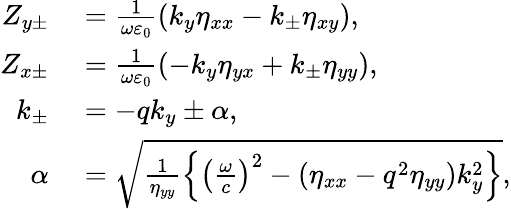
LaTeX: \begin{array}{rl}{Z_{y\pm}}&{{}=\frac{1}{\omega\varepsilon_{0}}\left(k_{y}\eta_{xx}-k_{\pm}\eta_{xy}\right),}\\ {Z_{x\pm}}&{{}=\frac{1}{\omega\varepsilon_{0}}\left(-k_{y}\eta_{yx}+k_{\pm}\eta_{yy}\right),}\\ {k_{\pm}}&{{}=-qk_{y}\pm\alpha,}\\ {\alpha}&{{}=\sqrt{\frac{1}{\eta_{yy}}\left\{ \left(\frac{\omega}{c}\right)^{2}-\left(\eta_{xx}-q^{2}\eta_{yy}\right)k_{y}^{2}\right\} },}\end{array}